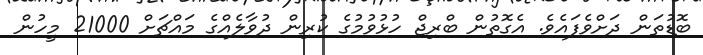
ބޮޑުތަން ދަށްވެފައެވެ. އެގޮތުން ބްރިޖް ހުޅުވުމުގެ ކުރިން ދުވާލެއްގެ މައްޗަށް 21000 މީހުން